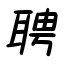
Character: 聘